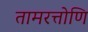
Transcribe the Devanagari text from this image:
तामरत्तोणि